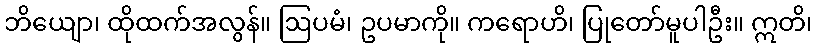
ဘိယျော၊ ထိုထက်အလွန်။ ဩပမံ၊ ဥပမာကို။ ကရောဟိ၊ ပြုတော်မူပါဦး။ ဣတိ၊